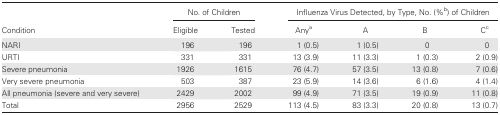
<table><thead><tr><td rowspan="2"><b>Condition</b></td><td colspan="2"><b>No. of Children</b></td><td colspan="4"><b>Influenza Virus Detected, by Type, No. (%<sup>b</sup>) of Children</b></td></tr><tr><td><b>Eligible</b></td><td><b>Tested</b></td><td><b>Any<sup>a</sup></b></td><td><b>A</b></td><td><b>B</b></td><td><b>C<sup>c</sup></b></td></tr></thead><tbody><tr><td>NARI</td><td>196</td><td>196</td><td>1 (0.5)</td><td>1 (0.5)</td><td>0</td><td>0</td></tr><tr><td>URTI</td><td>331</td><td>331</td><td>13 (3.9)</td><td>11 (3.3)</td><td>1 (0.3)</td><td>2 (0.9)</td></tr><tr><td>Severe pneumonia</td><td>1926</td><td>1615</td><td>76 (4.7)</td><td>57 (3.5)</td><td>13 (0.8)</td><td>7 (0.6)</td></tr><tr><td>Very severe pneumonia</td><td>503</td><td>387</td><td>23 (5.9)</td><td>14 (3.6)</td><td>6 (1.6)</td><td>4 (1.4)</td></tr><tr><td>All pneumonia (severe and very severe)</td><td>2429</td><td>2002</td><td>99 (4.9)</td><td>71 (3.5)</td><td>19 (0.9)</td><td>11 (0.8)</td></tr><tr><td>Total</td><td>2956</td><td>2529</td><td>113 (4.5)</td><td>83 (3.3)</td><td>20 (0.8)</td><td>13 (0.7)</td></tr></tbody></table>